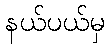
နယ်ပယ်မှ